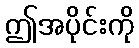
ဤအပိုင်းကို